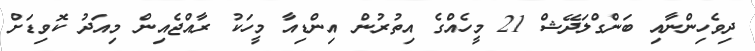
ދިވެހިންނާއި ބަންގްލަދޭޝް 21 މީހެއްގެ އިތުރުން އިންޑިއާ މީހަކު ރާއްޖެއިން މިއަދު ކޮވިޑަށް